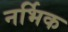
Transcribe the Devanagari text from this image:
नर्भिक